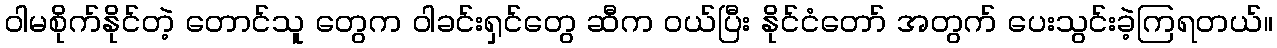
ဝါမစိုက်နိုင်တဲ့ တောင်သူ တွေက ဝါခင်းရှင်တွေ ဆီက ဝယ်ပြီး နိုင်ငံတော် အတွက် ပေးသွင်းခဲ့ကြရတယ်။